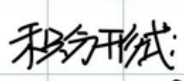
积分形式: